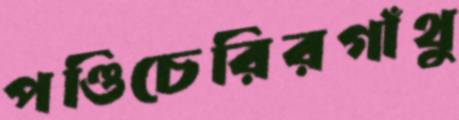
পণ্ডিচেরিরগাঁথু